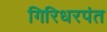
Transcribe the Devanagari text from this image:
गिरिधरपंत